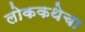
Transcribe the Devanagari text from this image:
लोककथेचा